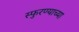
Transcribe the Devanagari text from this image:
स्फुरण्याच्या